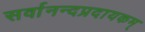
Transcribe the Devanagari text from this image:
सर्वानन्दप्रदायकम्